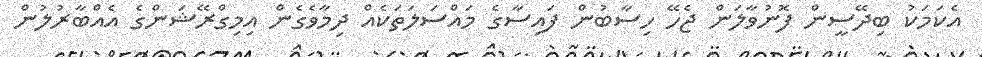
އެކަމަކު ބިދޭސީން ފޮނުވާލަން ޖެހޭ ހިސާބުން ފައިސާގެ މައްސަލަތަކެއް ދިމާވެގެން އިމިގްރޭޝަންގެ އެއްބާރުލުން